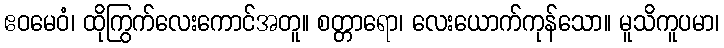
ဧဝမေဝံ၊ ထိုကြွက်လေးကောင်အတူ။ စတ္တာရော၊ လေးယောက်ကုန်သော။ မူသိကူပမာ၊